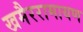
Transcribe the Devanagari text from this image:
खमैररामायण